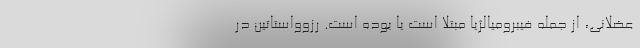
عضلانی، از جمله فیبرومیالژیا مبتلا است یا بوده است. رزوواستاتین در